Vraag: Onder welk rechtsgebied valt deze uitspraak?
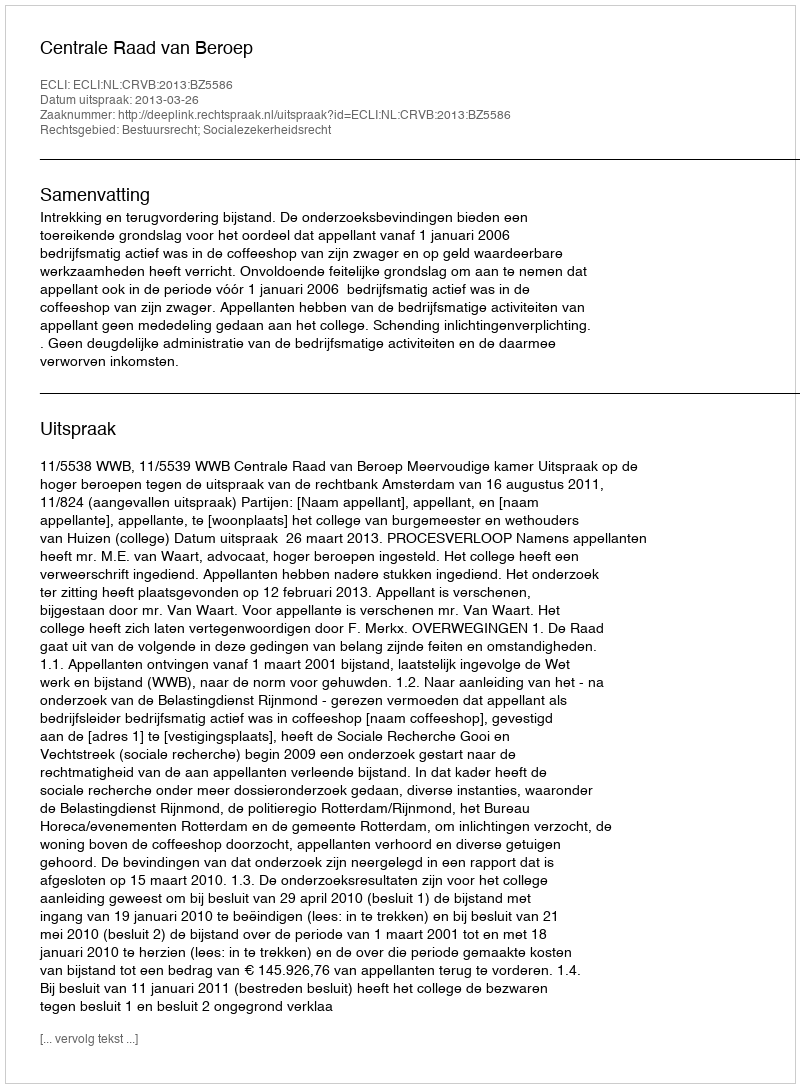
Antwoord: Bestuursrecht; Socialezekerheidsrecht